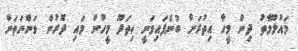
މައުލޫމާތު ދިން މީހާ އިތުރަށް ބުނެފައިވަނީ ހިތަދޫ މީހުން މައި ދޮރުން ވަންނަތަން